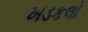
ખડકલો